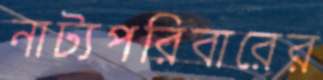
নাট্যপরিবারের